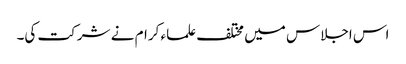
اس اجلاس میں مختلف علماء کرام نے شرکت کی۔